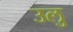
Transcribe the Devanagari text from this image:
उलु